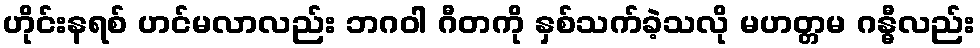
ဟိုင်းနရစ် ဟင်မလာလည်း ဘဂဝါ ဂီတကို နှစ်သက်ခဲ့သလို မဟတ္တမ ဂန္ဓီလည်း